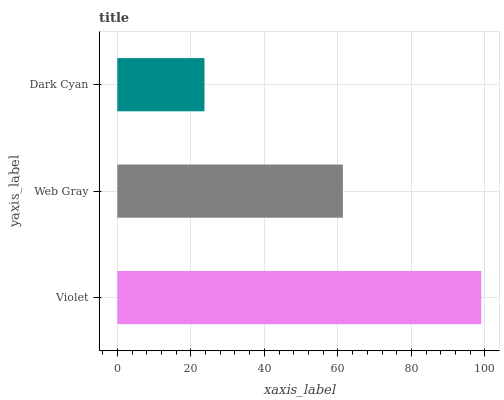
| yaxis_label | bars |
 | --- | --- |
 | Violet | 99 |
 | Web Gray | 61.4 |
 | Dark Cyan | 23.7 |